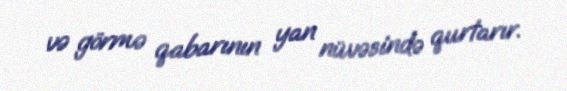
və görmə qabarının yan nüvəsində qurtarır.